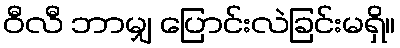
ဝီလီ ဘာမျှ ပြောင်းလဲခြင်းမရှိ။